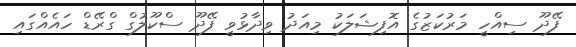
ފޭދޫ ސިއްހީ މަރުކަޒުގެ އޮފިޝަލަކު މިއަދު ވިދާޅުވީ ފޭދޫ ސްކޫލުގް ގްރޭޑް ހައެއްގައި